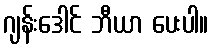
ဂျန်းဒေါင် ဘီယာ ပေးပါ။